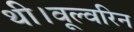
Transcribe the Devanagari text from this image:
थी।वूल्वरिन